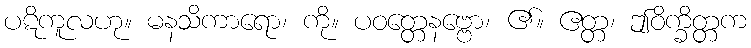
ပဋိကူလဟု။ မနသိကာရော၊ ကို။ ပဝတ္တေနဗ္ဗော၊ ၏။ ဧတ္တ၊ ဤဝိက္ခိတ္တက